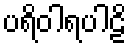
ပရိဝါရပါဠိ